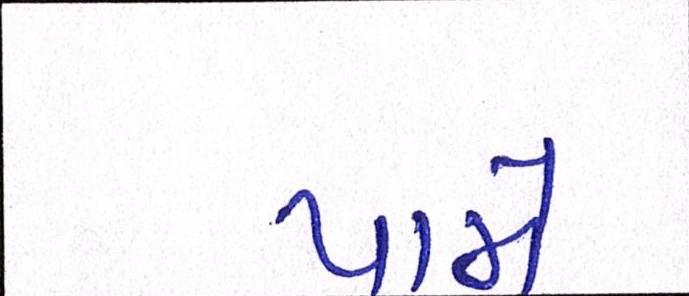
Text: પામે